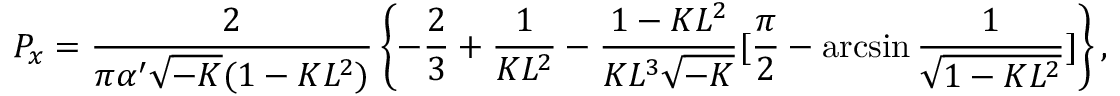
P _ { x } = \frac { 2 } { \pi \alpha ^ { \prime } \sqrt { - K } ( 1 - K L ^ { 2 } ) } \left\{ - \frac { 2 } { 3 } + \frac { 1 } { K L ^ { 2 } } - \frac { 1 - K L ^ { 2 } } { K L ^ { 3 } \sqrt { - K } } [ \frac { \pi } { 2 } - \arcsin \frac { 1 } { \sqrt { 1 - K L ^ { 2 } } } ] \right\} ,